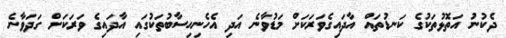
ދެކުނު އަތޮޅުތަކުގެ ކަނޑުތައް އާދައިގެވަރަކަށް މަޑުވާނެ އަދި އެހެނިހިސާބުތަކުގައި އާދައިގެ ވަރަކަށް ގަދަވާނެ